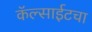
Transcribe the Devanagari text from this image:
कॅल्साईटचा